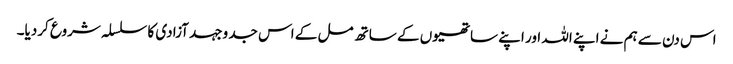
اس دن سے ہم نے اپنے اللہ اور اپنے ساتھیوں کے ساتھ مل کے اس جد وجہد آزادی کا سلسلہ شروع کردیا۔